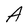
Character: A